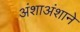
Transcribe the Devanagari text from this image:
अंशाअंशाने